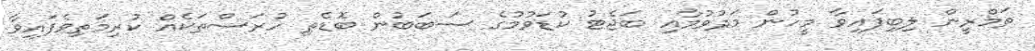
ތަމްރީން ލިބިފައިވާ މީހުން މަދުވުމާއި ބަޖެޓު ކުޑަވުމުގެ ސަބަބުން ބޮޑެތި ހުރަސްތަކެއް ކުރިމަތިވެފައިވާ